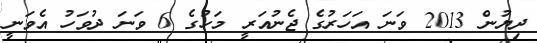
ދިޔުން 2013 ވަނަ އަހަރުގެ ޖެނުއަރީ މަހުގެ 6 ވަނަ ދުވަހު އެވަނީ